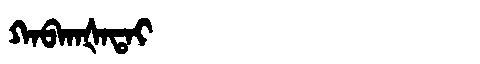
Manchu: ᡴᠠᠪᡴᠠᡧᠠᡨᠠᡳ
Romanization: KABKAŠATAI